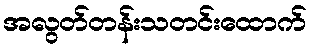
အလွတ်တန်းသတင်းထောက်